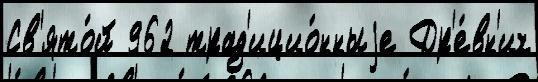
Св'ято́й 962 трад'ицио́нныjе Др'е́вн'их